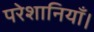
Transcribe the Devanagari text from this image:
परेशानियाँ।